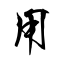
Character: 甩